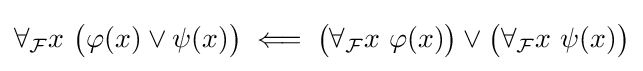
\forall _{\mathcal {F}}x\ {\big (}\varphi (x)\lor \psi (x){\big )}\;\Longleftarrow \;{\big (}\forall _{\mathcal {F}}x\ \varphi (x){\big )}\lor {\big (}\forall _{\mathcal {F}}x\ \psi (x){\big )}